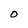
Character: O